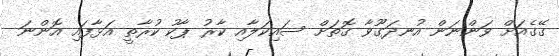
ގޭގެއަށް ވަންނަން އުނދަގޫވާ ގޮތަށް ސައިކަލާއި ކާރު ޕާކު ކުރާތީ އަޅާފައި އޮންނަ